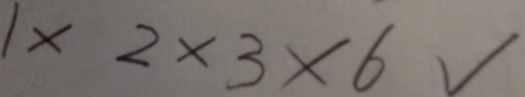
1 \times 2 \times 3 \times 6 √